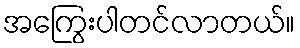
အကြွေးပါတင်လာတယ်။